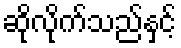
ဆိုလိုက်သည်နှင့်